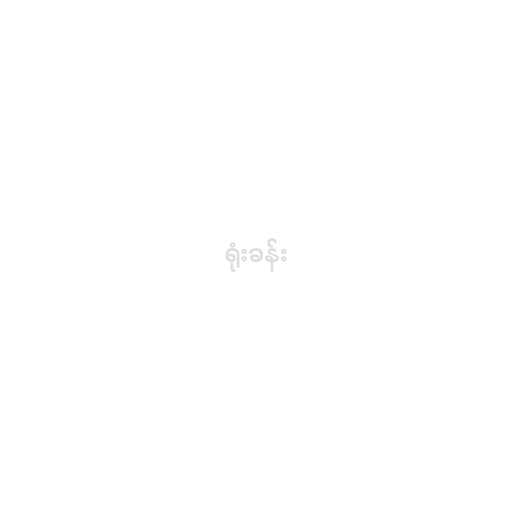
ရုံးခန်း